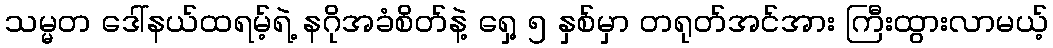
သမ္မတ ဒေါ်နယ်ထရမ့်ရဲ့ နဂိုအခံစိတ်နဲ့ ရှေ့ ၅ နှစ်မှာ တရုတ်အင်အား ကြီးထွားလာမယ့်